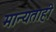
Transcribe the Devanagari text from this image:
मान्यताही